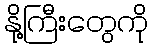
နို့ကြီးတွေကို